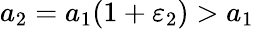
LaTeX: a_{2}=a_{1}(1+\varepsilon_{2})>a_{1}